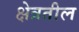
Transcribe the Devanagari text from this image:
क्षेत्रतील